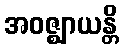
အဝဇ္ဈာယန္တိ